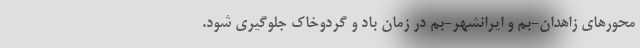
محورهای زاهدان-بم و ایرانشهر-بم در زمان باد و گردوخاک جلوگیری شود.